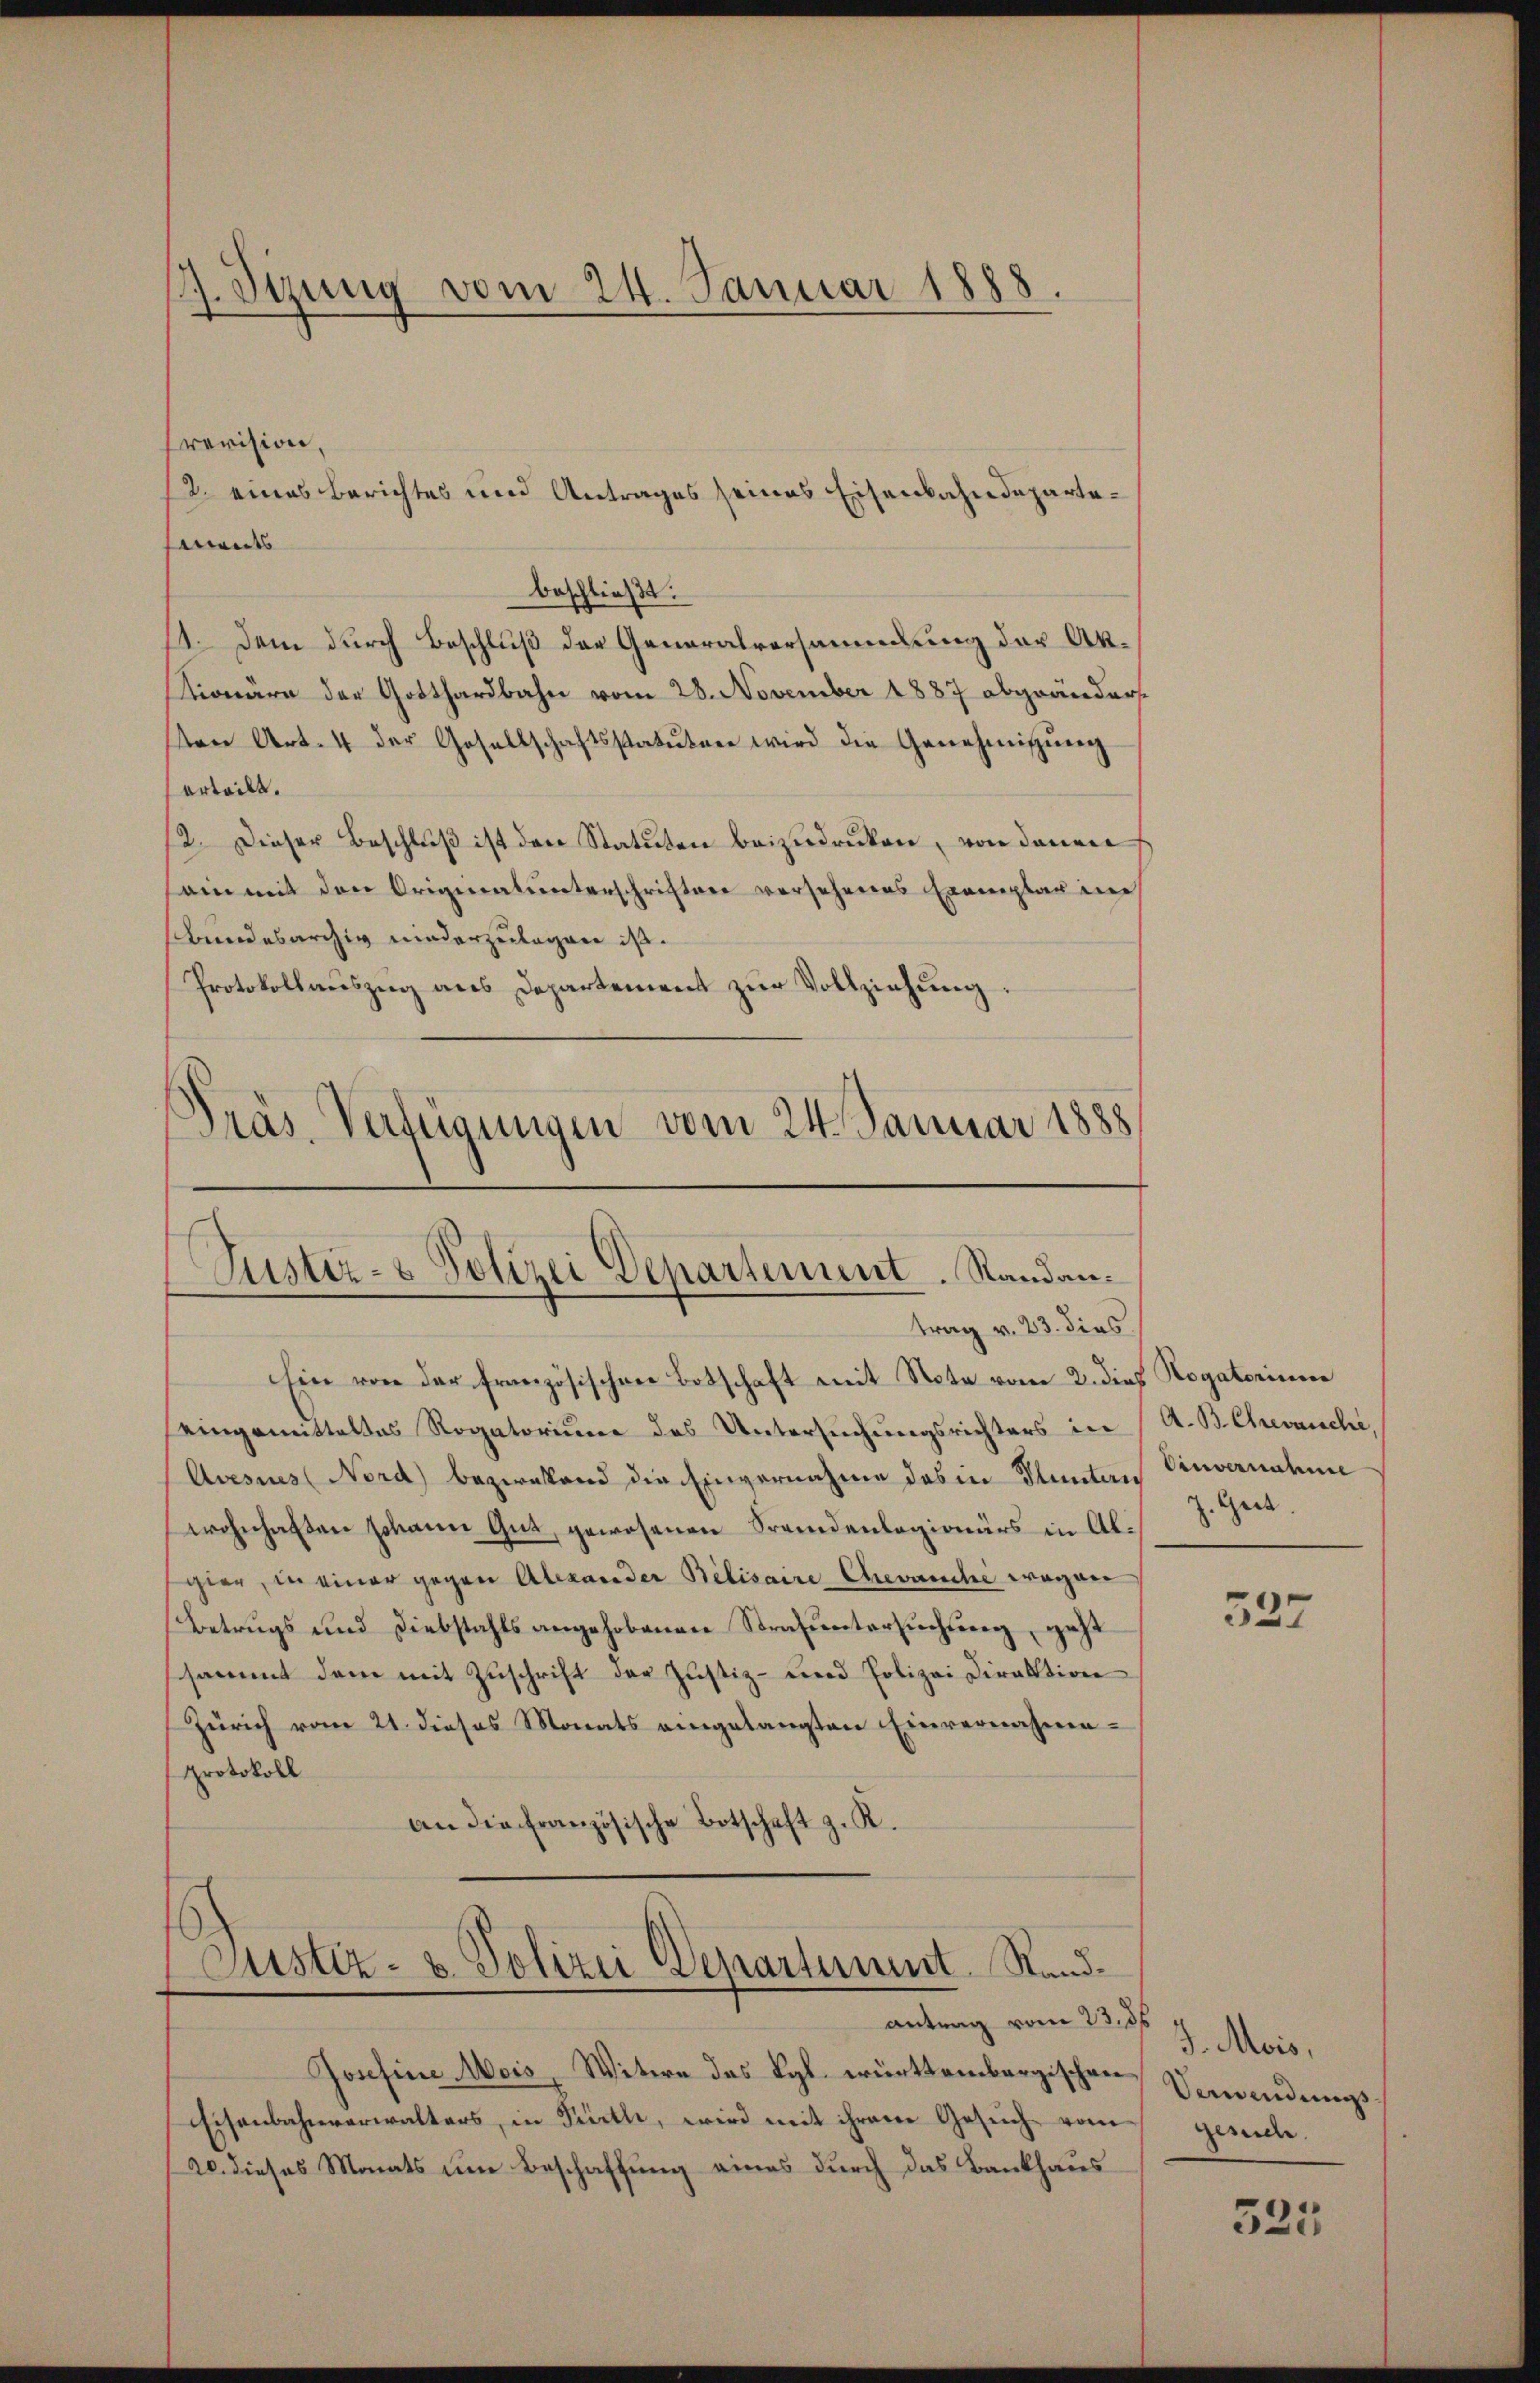
Prevision,
12. eines Berichtes und Antrages seines Eisenbahndeparteseits
beschließt:
11. Dem durch Beschluß der Generalversammlung der Ak¬
Kionäre der Gotthardbahn vom 28. November 1887 abgeänders
sten Art. 4 der Gesellschaftsstatuten wird die Genehmigŭng
erteilt.
12. Dieser Beschluß ist den Statuten beizudrucken, von denen
sein mit den Originalunterschriftere versehenes Exemplar in
Bundesarchig niederzulagen ist.
Protokollauszug aus Departement zur Vollziehung.
Präs. Verfügungen vom 24. Januar 1888

7. Sizung vom 24. Januar 1888.

Justiz- & Polizei Departement. Randantrag v. 23. dies

Ein von der französischen Botschaft mit Note vom 2. dieß Rogatorinner
eingemitteltes Rogatorium des Untersuchungsrichters in (A. B. Chrevanche
Avesus (Nerd) bezwelland die Einvernahme des in Planten Einvernahme
wohnhaften Johann Gut, gewesenen Fremdenlegionärs in Algier, in einer gegen Alexander Belisaire Chevanche wegen
Betrugs und Diebstahls angehobenen Strafuntersuchung, geht
sammt dem mit Zuschrift der Justiz- und Polizei Direktion
Zürich vom 21. dieses Monats eingelangten Einvernahme-
protokoll
an die französische Botschaft z. R.

Justiz- & Polizei Departement Standantrag vom 23. 86

Josefine Mois, Witere des Kgl. württembergischen Verwendungs
Eisenbahnverwalters, in Fürth, wird mit ihrem Gesuch vom gesche.
20. dieses Monats um Beschaffung eines durch das Bankhaus

J. Gret.

527

J. Mois,

325